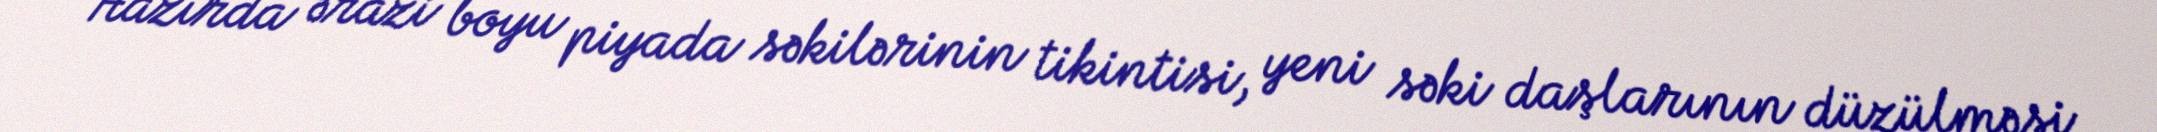
Hazırda ərazi boyu piyada səkilərinin tikintisi, yeni səki daşlarının düzülməsi